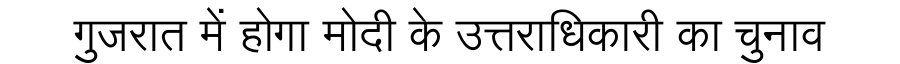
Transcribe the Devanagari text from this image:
गुजरात में होगा मोदी के उत्तराधिकारी का चुनाव